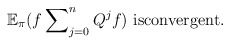
\begin{align*}\mathbb{E}_{\pi}\mathbb{(}f\sum\nolimits_{j=0}^{n}Q^{j}f)\text{ isconvergent.} \end{align*}